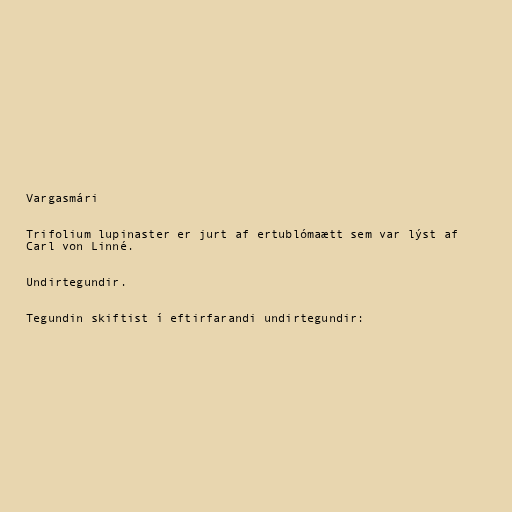
Vargasmári

Trifolium lupinaster er jurt af ertublómaætt sem var lýst af
Carl von Linné.

Undirtegundir.

Tegundin skiftist í eftirfarandi undirtegundir: